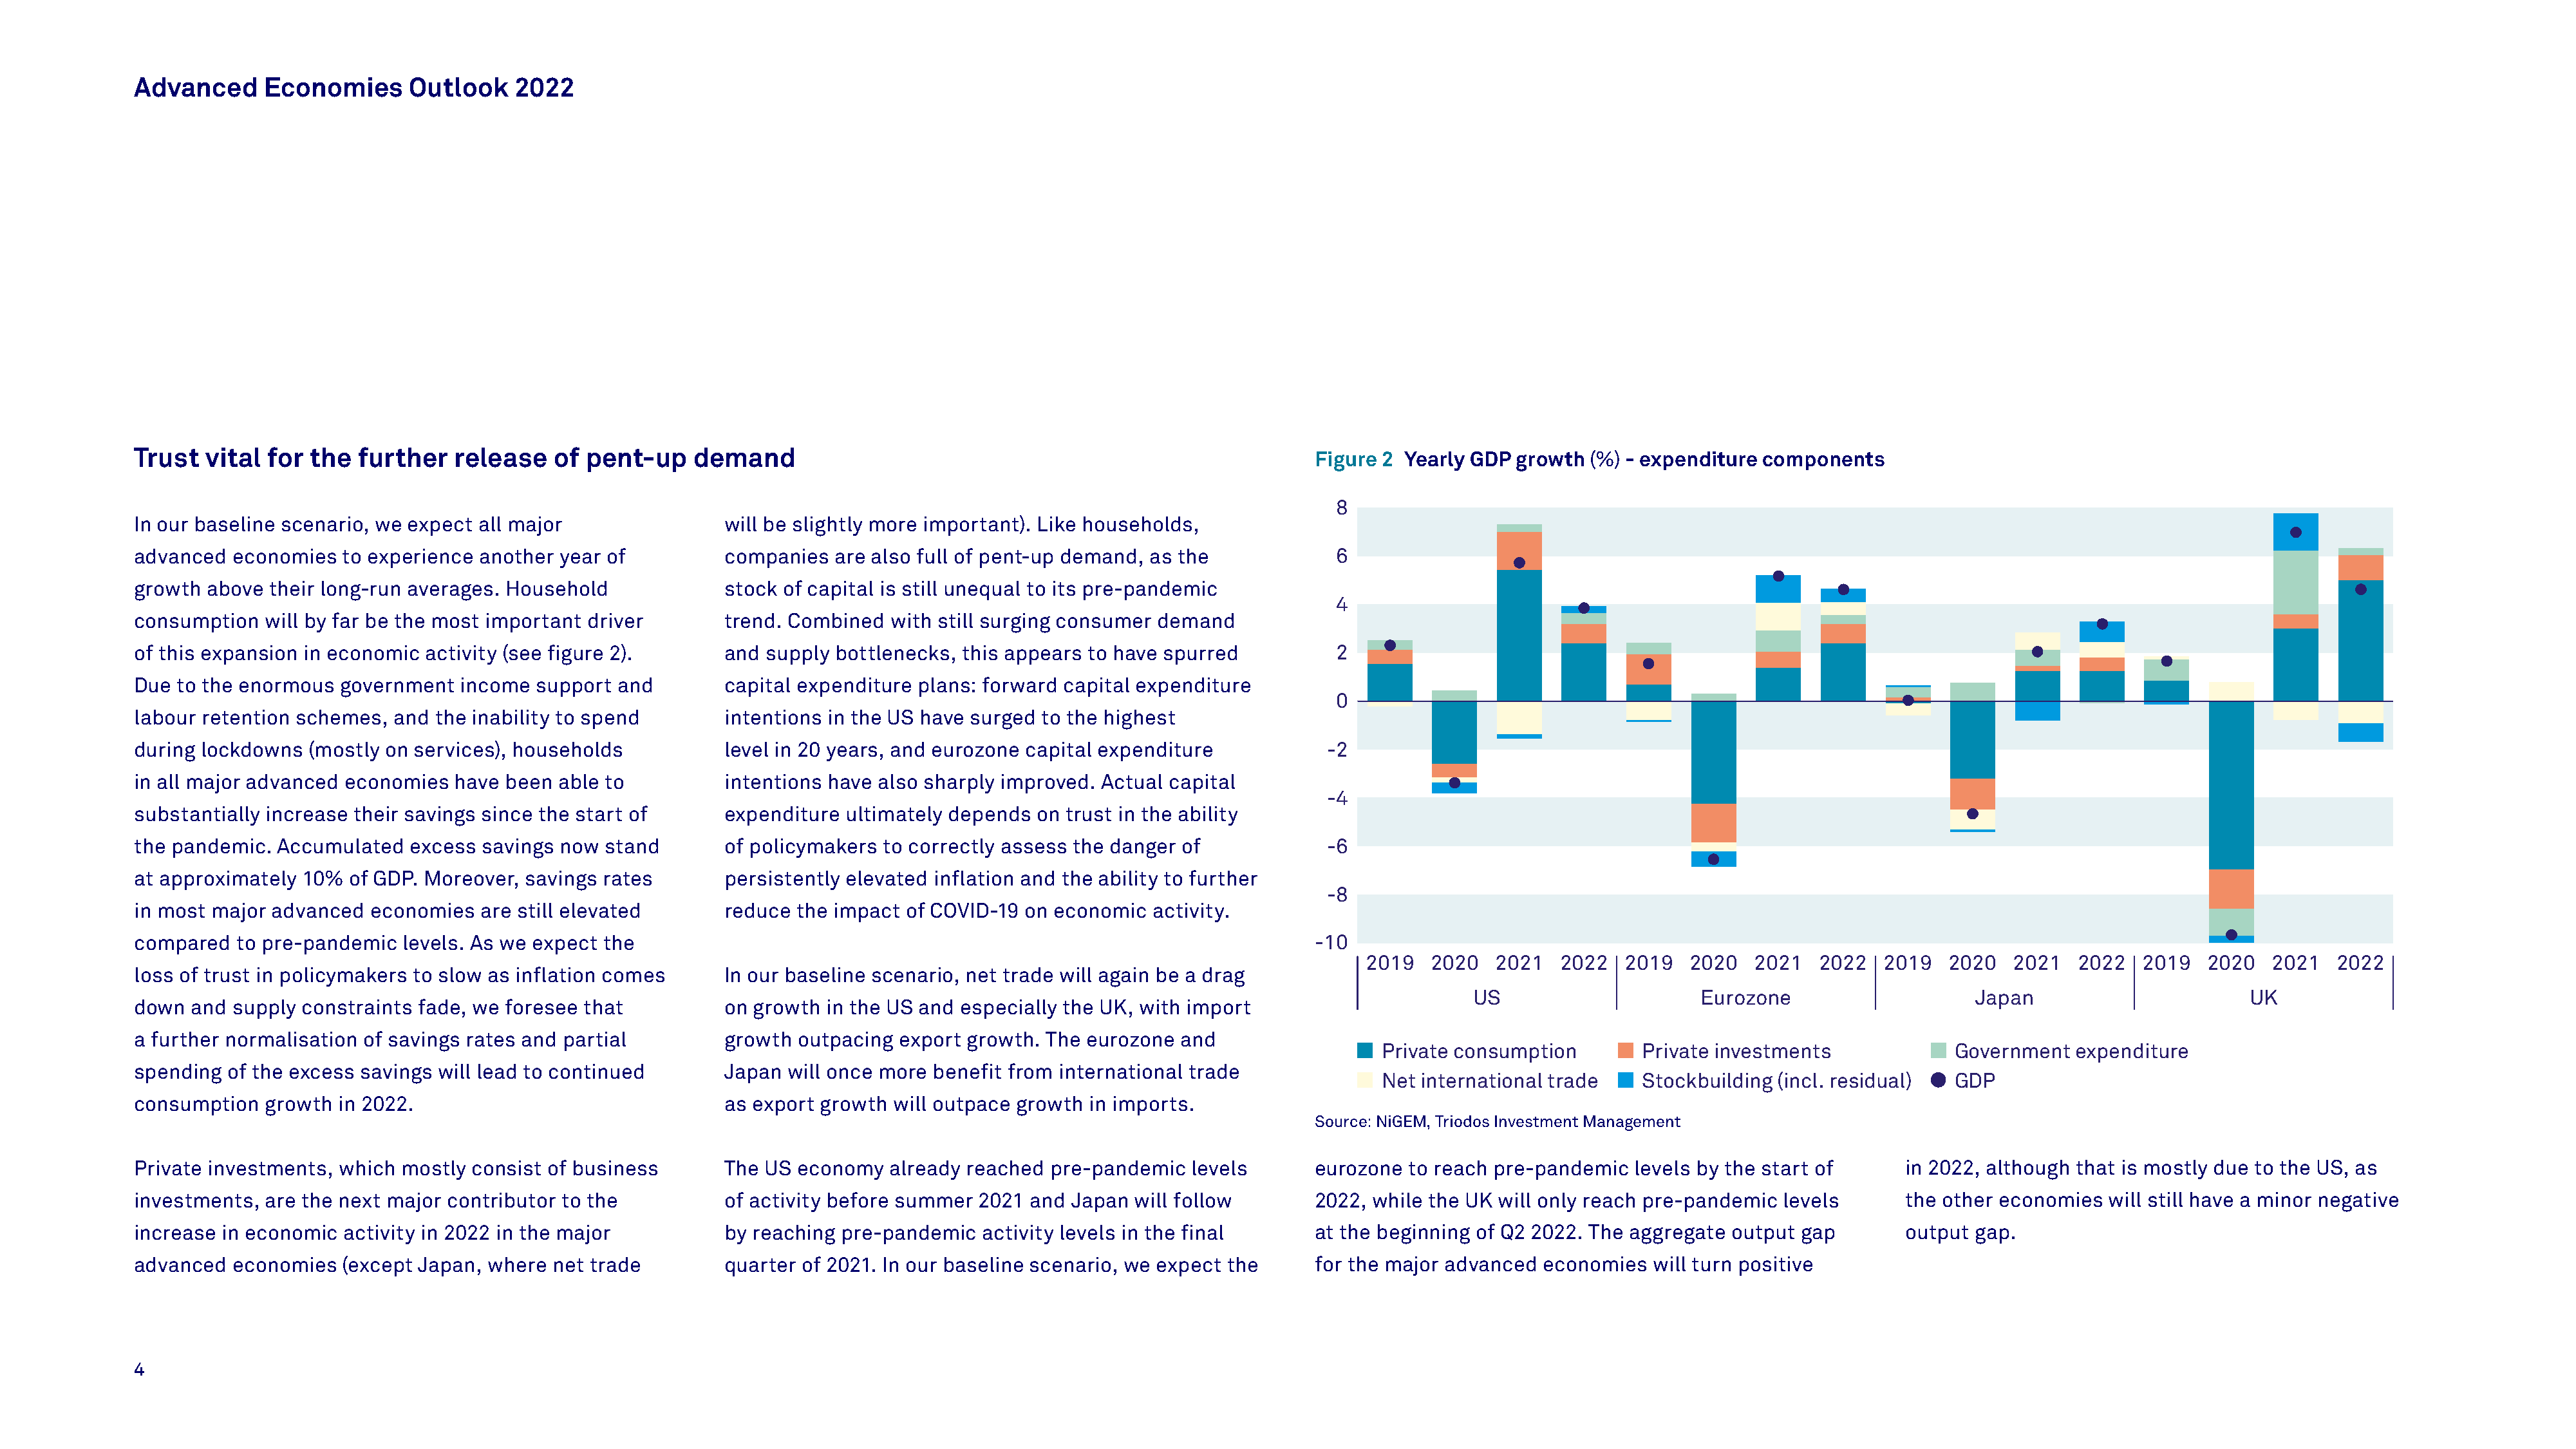
Advanced     Economies      Outlook    2022
 Trust  vital  for the  further   release   of pent-up    demand                                                          Figure 2 Yearly GDP  growth (%) - expenditure components
 8
 In our baseline scenario, we expect all major               will be slightly more important). Like households,
 advanced  economies  to experience another  year of         companies   are also full of pent-up demand, as the            6
 growth above  their long-run averages. Household            stock  of capital is still unequal to its pre-pandemic
 4
 consumption  will by far be the most important driver       trend. Combined   with still surging consumer demand
 of this expansion in economic activity (see figure 2).      and  supply bottlenecks, this appears to have spurred          2
 Due to the enormous  government  income  support and        capital expenditure plans: forward capital expenditure
 0
 labour retention schemes, and  the inability to spend       intentions in the US have surged to the highest
 during lockdowns  (mostly on services), households          level in 20 years, and eurozone capital expenditure           -2
 in all major advanced economies  have been able to          intentions have also sharply improved. Actual capital
 -4
 substantially increase their savings since the start of     expenditure  ultimately depends  on trust in the ability
 the pandemic.  Accumulated  excess  savings now stand       of policymakers  to correctly assess the danger of            -6
 at approximately 10%  of GDP. Moreover, savings rates       persistently elevated inflation and the ability to further
 -8
 in most major advanced  economies  are still elevated       reduce  the impact of COVID-19 on economic  activity.
 compared  to pre-pandemic  levels. As we expect the                                                                      -10
 2019   2020   2021  2022   2019   2020  2021   2022   2019  2020   2021   2022  2019   2020   2021  2022
 loss of trust in policymakers to slow as inflation comes    In our baseline scenario, net trade will again be a drag
 US                      Eurozone                    Japan                       UK
 down  and supply constraints fade, we foresee that          on growth  in the US and especially the UK, with import
 a further normalisation of savings rates and partial        growth  outpacing export growth.  The eurozone and
 Private consumption        Private investments             Government  expenditure
 spending of the excess savings will lead to continued       Japan  will once more benefit from international trade
 Net international trade    Stockbuilding (incl. residual)  GDP
 consumption  growth  in 2022.                               as export growth  will outpace growth in imports.
 Source: NiGEM, Triodos Investment Management
 Private investments, which mostly  consist of business      The  US economy  already reached  pre-pandemic   levels      eurozone  to reach pre-pandemic  levels by the start of      in 2022, although that is mostly due to the US, as
 investments, are the next major contributor to the          of activity before summer  2021 and Japan  will follow       2022, while the UK will only reach pre-pandemic levels       the other economies  will still have a minor negative
 increase in economic activity in 2022 in the major          by reaching pre-pandemic   activity levels in the final      at the beginning of Q2 2022. The aggregate output gap        output gap.
 advanced  economies  (except Japan, where  net trade        quarter of 2021. In our baseline scenario, we expect the     for the major advanced  economies  will turn positive
 4